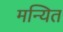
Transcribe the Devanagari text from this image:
मन्यित